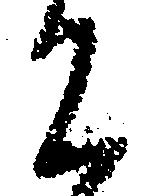
に